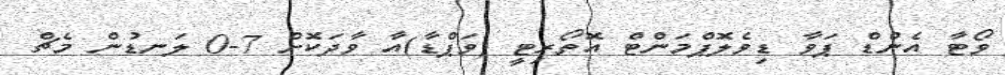
ވޯޓާ އެންޑް ޕަވާ ޑިވެލޮޕްމަންޓް އޮތޯރިޓީ (ވަޕްޑާ)އާ ވާދަކޮށް 7-0 ލަނޑުން މެޗް